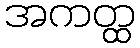
အကတ္ထ